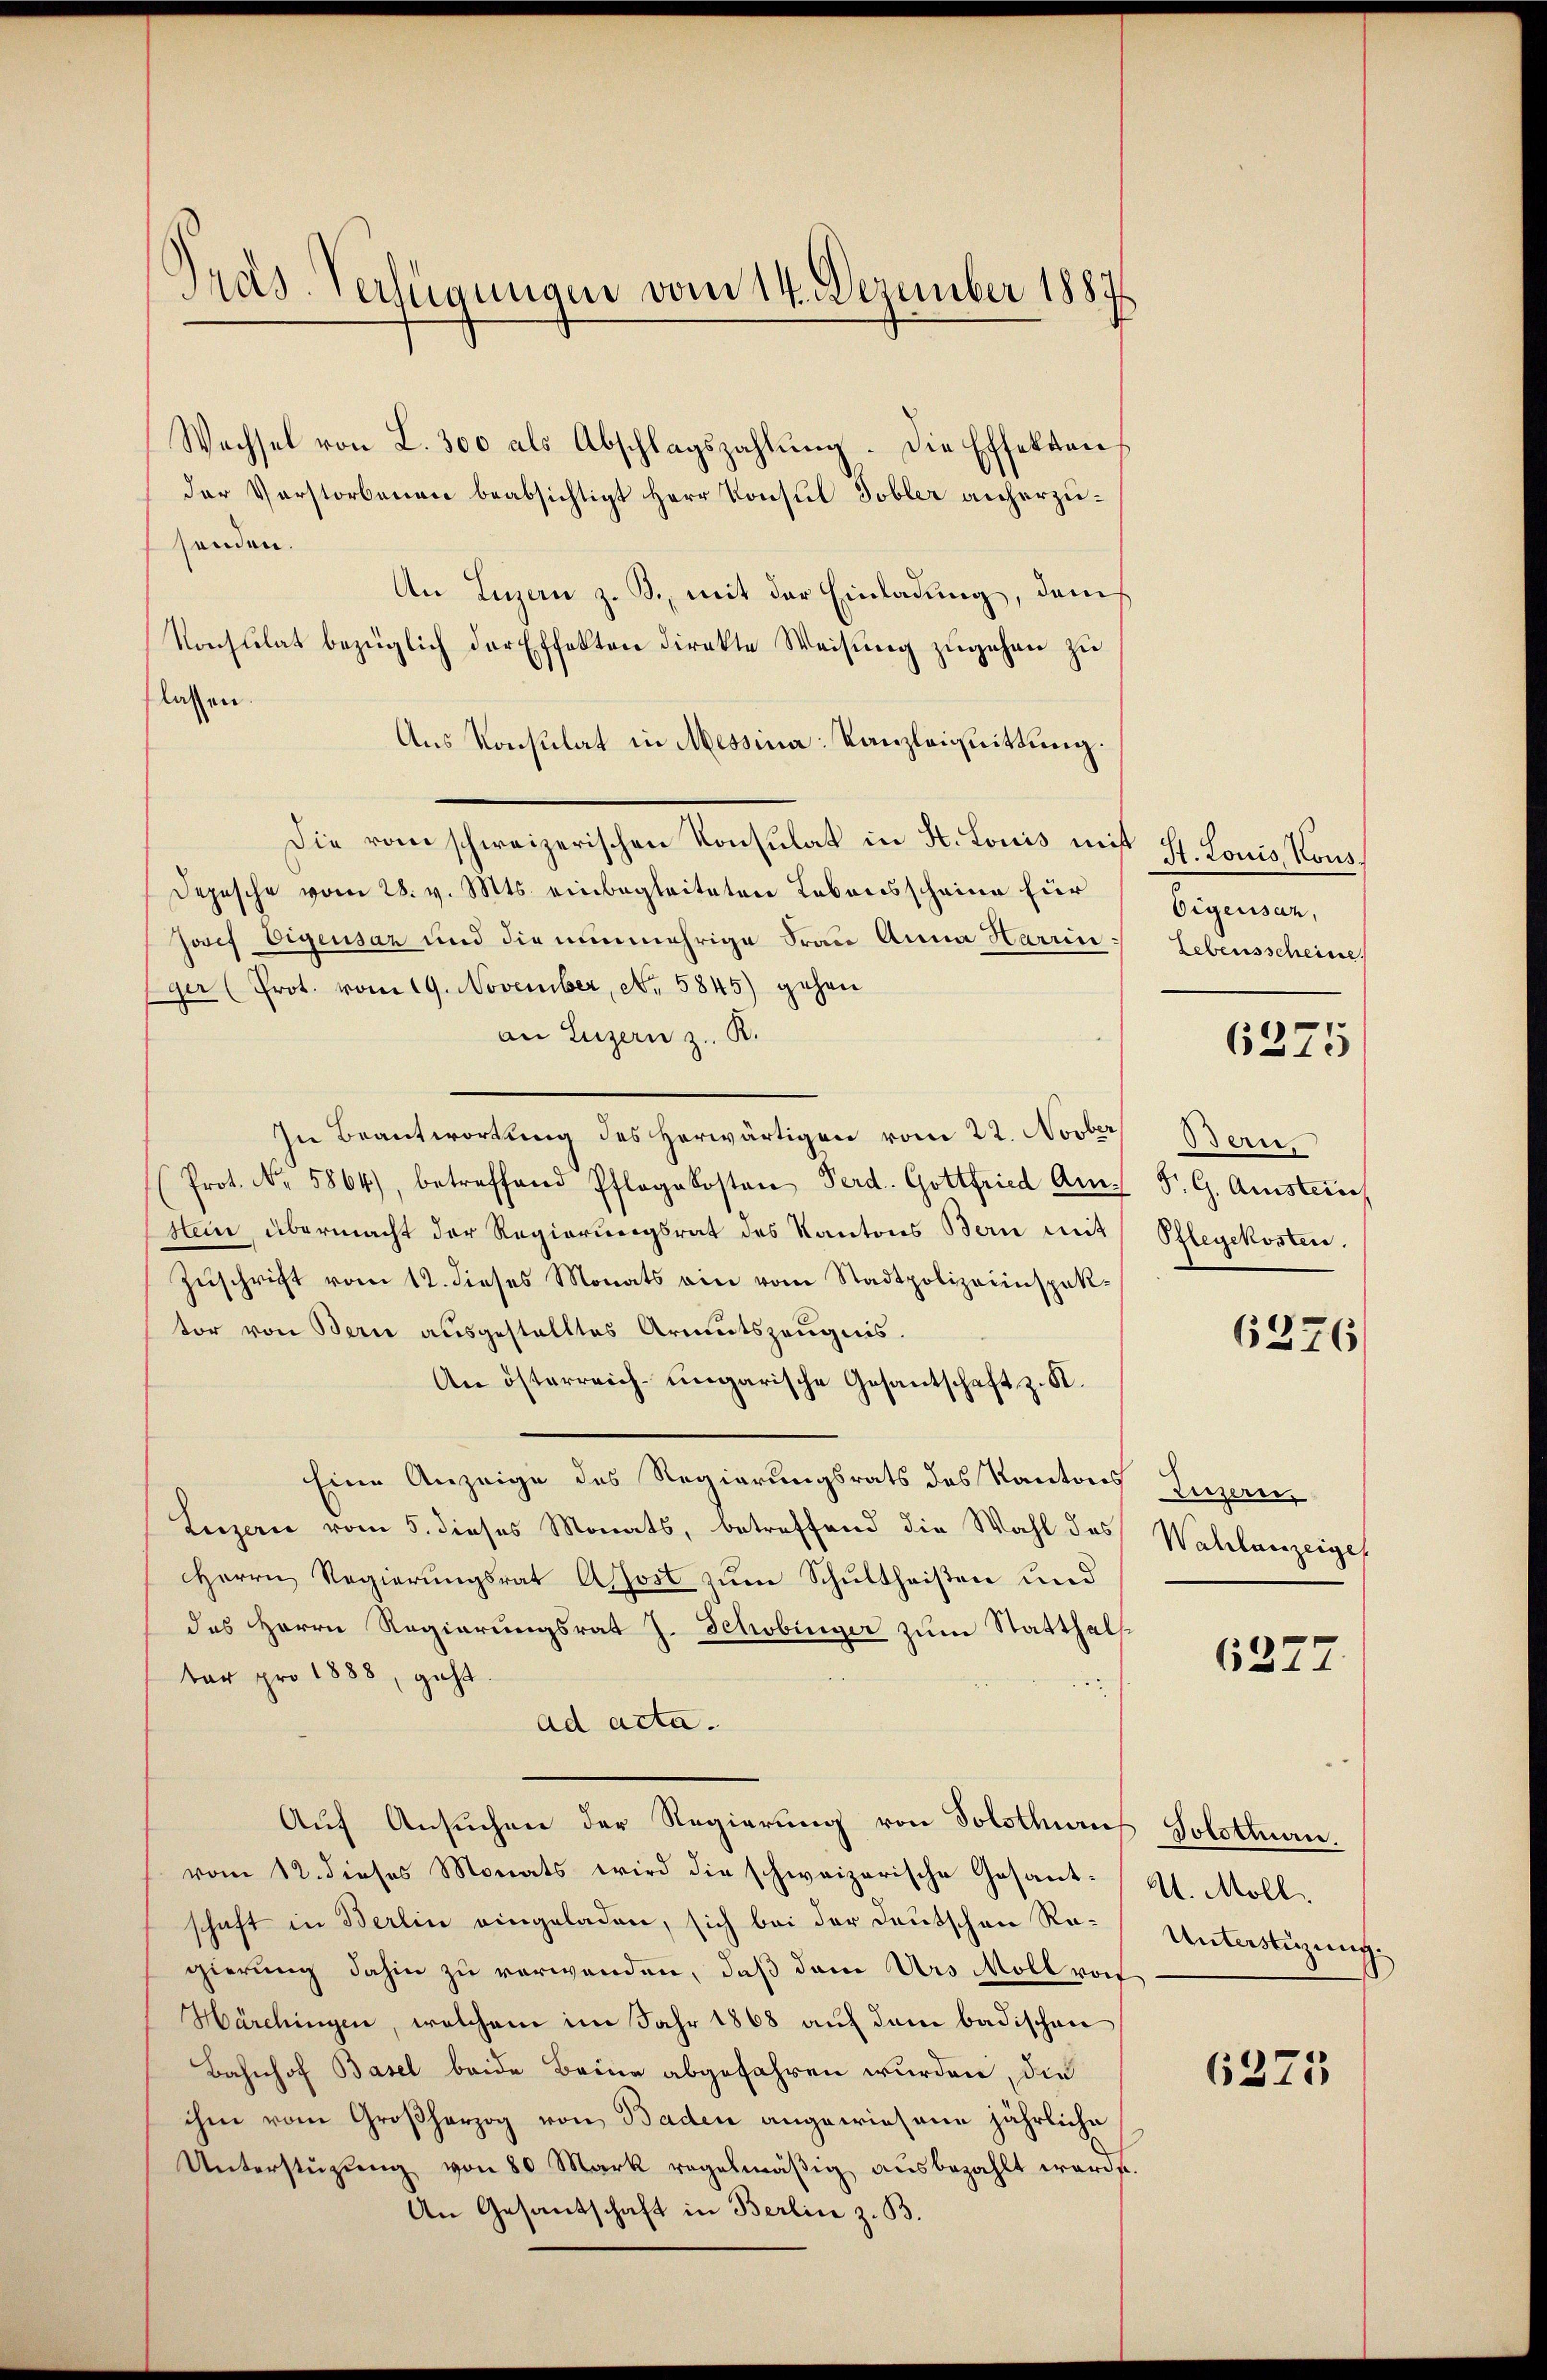
Pras-Verfügungen vom 14. Dezember 1887.

Wechsel von L. 300 als Abschlagszahlŭng. Die Effekten,
der Verstorbenen beabsichtigt Herr Konsul Tobler anherzusenden.
An Luzern z. B., mit der Einladung, dam
Konsulat bezüglich der Effekten direkte Weisung zugehen zu
lassen.
Aus Konsulat in Messina Kanzleiquittung.
Die vom schweizerischen Konsulat in H. Louis mit St. Louis Kons¬
Depesche vom 28. v. Mts. einbegleiteten Lebensscheine für
Josef Eigensar und die nunmehrige Frau Anna Harrin.
Eger (Prot. vom 19. November, Nr. 5845) gehen
an Luzern z. B.
In Beantwortung des herwärtigen vom 22. Novber
Prot. No. 5864), betreffend Pflegekosten Ferd. Gottfried Am. S. G. Amstein
Hein, übermacht der Regierungsrat des Kantons Bern mit
Zuschrift vom 12. dieses Monats ein vom Stadtpolizeiinspektor von Bern ausgestelltes Armutszeugnis.
An österreich-ungarische Gesantschaft z. K.
Eine Anzeige des Regierungsrats des Kantons Luzern
Luzern vom 5. dieses Monats, betreffend die Wahl des
Herrn Regierungsrat Apost zum Schultheißen und
des Herrn Regierungsrat J. Schobinger zŭm Statthalt
ter pro 1888, geht
u
ad acta.
Auf Ansuchen der Regierung von Solothurn
vom 12. dieses Monats wird die schweizerische Gesantschaft in Berlin eingeladen, sich bei der Deutschen Ragierung dahin zu verwenden, daß dem Urs Moll von
Härchingen, welchem im Jahr 1868 auf dem badischen
Bahnhof Basel beide Brenne abgefahren wurden, die
ihm vom Großherzog von Baden angewiesene jährliche
Unterstützŭng von 80 Mark regelmäβig aŭsbezahlt werde.
An Gesandschaft in Berlin z. B.

Oigensaz,
Lebensscheine
Bern.
Pflegekosten.

6275

6376

Wahlanzeige

6377

Solothurn.
U. Möll
Unterstüzung.

6375